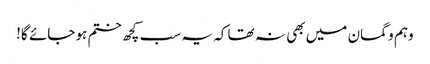
وہم و گمان میں بھی نہ تھا کہ یہ سب کچھ ختم ہو جائے گا!